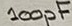
Text: 100pF